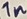
Text: 1n